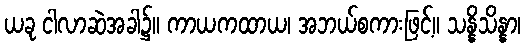
ယခု ငါလာဆဲအခါ၌။ ကာယကထာယ၊ အဘယ်စကားဖြင့်။ သန္နိသိန္နာ၊